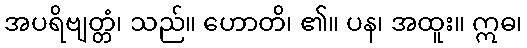
အပရိဗျတ္တံ၊ သည်။ ဟောတိ၊ ၏။ ပန၊ အထူး။ ဣဓ၊